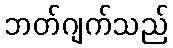
ဘတ်ဂျက်သည်